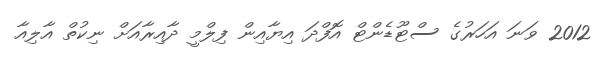
2012 ވަނަ އަހަރުގެ ސްޓޫޑެންޓް އޮފްދަ އިޔާއިން ފިލްމީ ދާއިރާއަށް ނިކުތް އާލިއާ